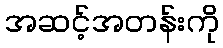
အဆင့်အတန်းကို